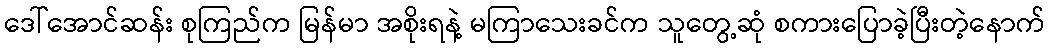
ဒေါ်အောင်ဆန်း စုကြည်က မြန်မာ အစိုးရနဲ့ မကြာသေးခင်က သူတွေ့ဆုံ စကားပြောခဲ့ပြီးတဲ့နောက်